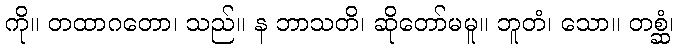
ကို။ တထာဂတော၊ သည်။ န ဘာသတိ၊ ဆိုတော်မမူ။ ဘူတံ၊ သော။ တစ္ဆံ၊